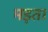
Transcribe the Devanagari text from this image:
मड़ता